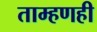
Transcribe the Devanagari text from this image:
ताम्हणही